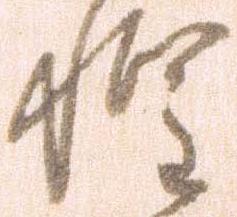
惶